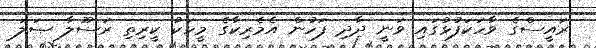
ރައީސްގެ ވާހަކަފުޅުގައި ވަނީ ދާދި ފަހުން އެމެރިކާގެ މީހަކު ކީރިތި ރަސޫލާ ޞަލަ